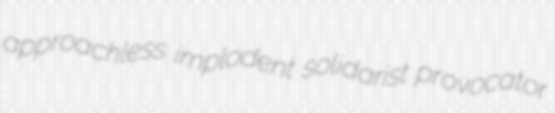
approachless implodent solidarist provocator